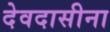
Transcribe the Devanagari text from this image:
देवदासीना